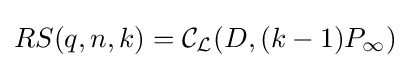
RS(q,n,k)={\mathcal {C}}_{\mathcal {L}}(D,(k-1)P_{\infty })